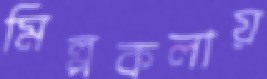
মিল্পকলায়